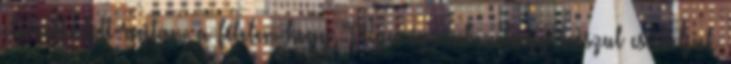
eluralkodott rajtam a félelem,hogy "Atya ég,csak nehogy rosszul csináljak